Vaccination in Bombay 1924-1928 - 1924-1928
Year: 1924
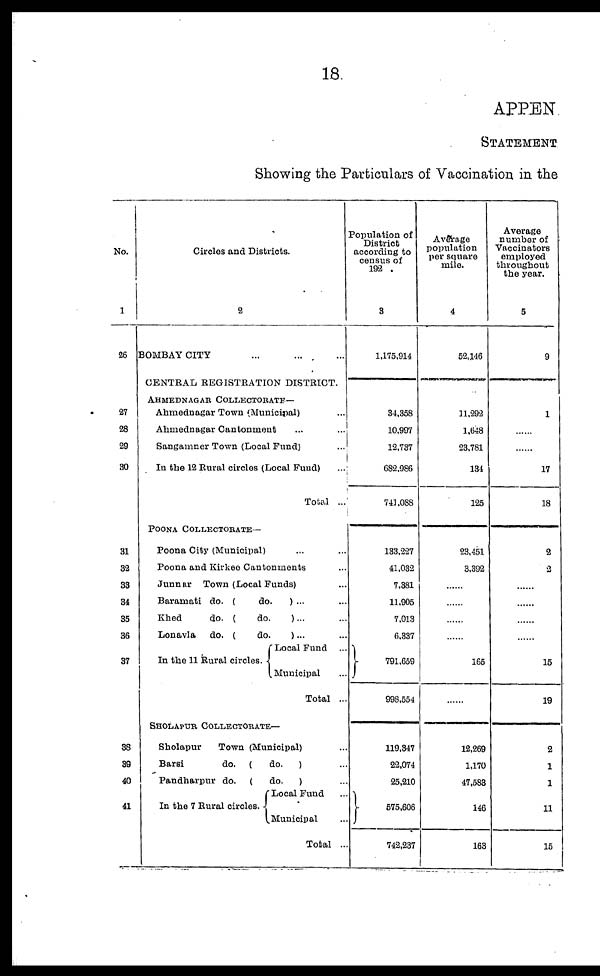
18
APPEN
STATEMENT
Showing the Particulars of Vaccination in the
No.
1
26
27
28
29
30
31
32
33
34
35
36
37
38
39
40
41
Circles and Districts.
2
BOMBAY CITY ... ... ...
CENTRAL REGISTRATION DISTRICT.
AHMEDNAGAR COLLECTORATE—
Ahmednagar Town (Municipal) ...
Ahmednagar Cantonment ... ...
Sangamner Town (Local Fund) ...
In the 12 Rural circles (Local Fund) ...
Total ...
POONA COLLECTORATE—
Poona City (Municipal) ... ...
Poona and Kirkee Cantonments ...
Junnar Town (Local Funds) ...
Baramati do. (
do.
) ... ...
Khed
do. (
do.
)... ...
Lonavla
do. (
do.
) ... ...
In the 11 Rural circles.
Local Fund ...
Municipal ...
Total ...
SHOLAPUR COLLECTORATE—
Sholapur
Town (Municipal) ...
Barsi
do. (
do.
) ...
Pandharpur do. (
do.
) ...
In the 7 Rural circles.
Local Fund ...
Municipal ...
Total ..
Population of
District
according to
census of
192 .
3
1,175,914
34,358
10,997
12,737
682,986
741,088
133,227
41,032
7,381
11,905
7,013
6,337
791,659
998,554
119,347
22,074
25,210
575,606
742,237
Average
population
per square
mile.
4
52,146
11,292
1,648
23,781
134
125
23,451
3,392
......
......
......
......
165
......
12,269
1,170
47,583
146
163
Average
number of
Vaccinators
employed
throughout
the year.
5
9
1
......
......
17
18
2
3
......
......
......
......
15
19
2
1
1
11
15